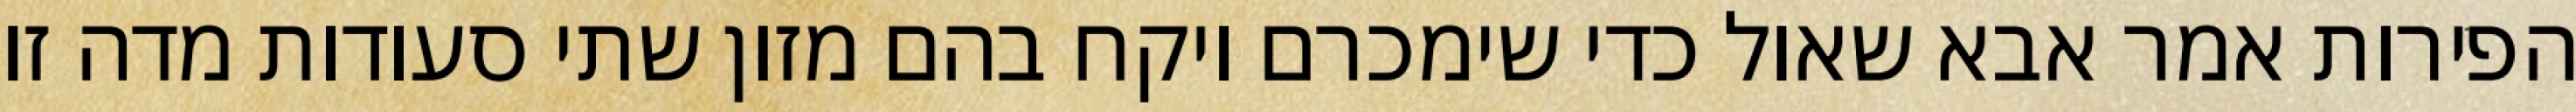
הפירות אמר אבא שאול כדי שימכרם ויקח בהם מזון שתי סעודות מדה זו